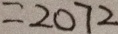
= 2 0 7 2